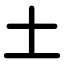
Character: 土